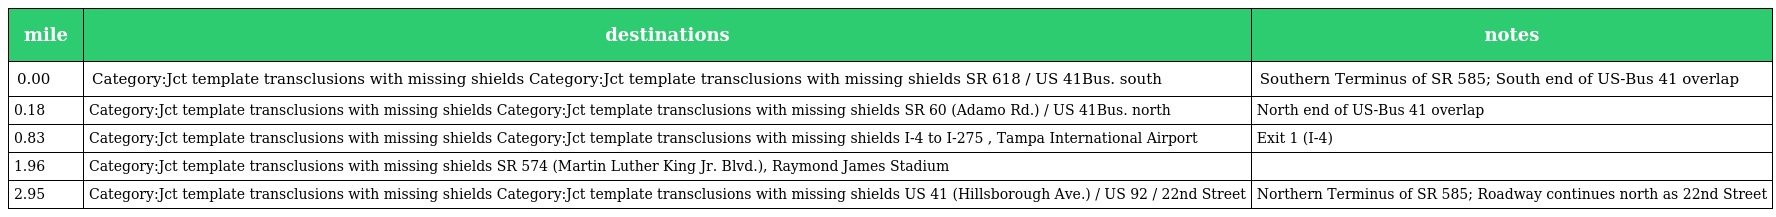
| mile | destinations | notes |
 | --- | --- | --- |
 | 0.00 | Category:Jct template transclusions with missing shields Category:Jct template transclusions with missing shields SR 618 / US 41Bus. south | Southern Terminus of SR 585; South end of US-Bus 41 overlap |
 | 0.18 | Category:Jct template transclusions with missing shields Category:Jct template transclusions with missing shields SR 60 (Adamo Rd.) / US 41Bus. north | North end of US-Bus 41 overlap |
 | 0.83 | Category:Jct template transclusions with missing shields Category:Jct template transclusions with missing shields I-4 to I-275 , Tampa International Airport | Exit 1 (I-4) |
 | 1.96 | Category:Jct template transclusions with missing shields SR 574 (Martin Luther King Jr. Blvd.), Raymond James Stadium |  |
 | 2.95 | Category:Jct template transclusions with missing shields Category:Jct template transclusions with missing shields US 41 (Hillsborough Ave.) / US 92 / 22nd Street | Northern Terminus of SR 585; Roadway continues north as 22nd Street |